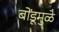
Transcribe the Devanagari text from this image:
बोंडूमुळे